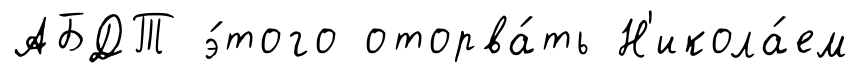
АБДТ э́того оторва́ть Н'икола́ем